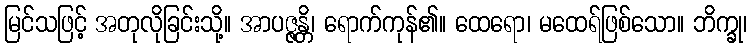
မြင်သဖြင့် အတုလိုခြင်းသို့။ အာပဇ္ဇန္တိ၊ ရောက်ကုန်၏။ ထေရော၊ မထေရ်ဖြစ်သော။ ဘိက္ခု၊